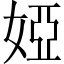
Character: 婭